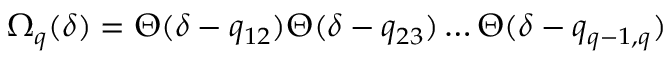
\Omega _ { q } ( \delta ) = \Theta ( \delta - q _ { 1 2 } ) \Theta ( \delta - q _ { 2 3 } ) \ldots \Theta ( \delta - q _ { q - 1 , q } )